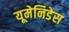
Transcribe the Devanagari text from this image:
यूमेनिडेस